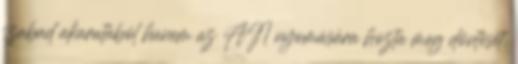
szabad akaratából hanem az AN nyomására hozta meg döntését.